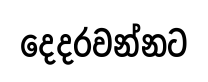
දෙදරවන්නට